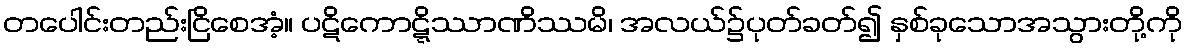
တပေါင်းတည်းငြိစေအံ့။ ပဋိကောဋ္ဋိဿာဏိဿမိ၊ အလယ်၌ပုတ်ခတ်၍ နှစ်ခုသောအသွားတို့ကို